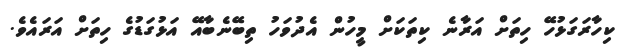
ކިހާރަގަޅުހޭ ހިތަށް އަރާނެ ކިތަކަށް މީހުން އެދުވަހު ތިބޭނެބާއޭ އަޅުގަޑުގެ ހިތަށް އަރައެވެ.